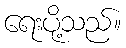
ရေးပို့သည်။